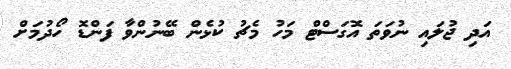
އަދި ޖުލައި ނުވަތަ އޮގަސްޓް މަހު މެޗު ކުޅެން ބޭނުންވާ ފަންޑޮ ހޯދުމަށް